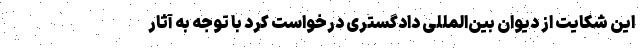
این شکایت از دیوان بین‌المللی دادگستری درخواست کرد با توجه به آثار